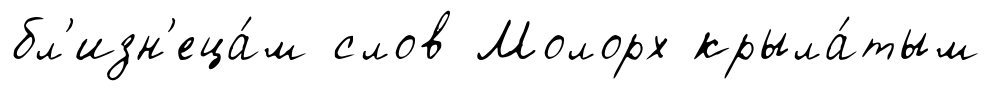
бл'изн'еца́м слов Молорх крыла́тым